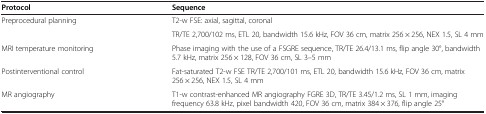
<table><thead><tr><td><b>Protocol</b></td><td><b>Sequence</b></td></tr></thead><tbody><tr><td rowspan="2">Preprocedural planning</td><td>T2-w FSE: axial, sagittal, coronal</td></tr><tr><td>TR/TE 2,700/102 ms, ETL 20, bandwidth 15.6 kHz, FOV 36 cm, matrix 256 × 256, NEX 1.5, SL 4 mm</td></tr><tr><td>MRI temperature monitoring</td><td>Phase imaging with the use of a FSGRE sequence, TR/TE 26.4/13.1 ms, flip angle 30°, bandwidth 5.7 kHz, matrix 256 × 128, FOV 36 cm, SL 3–5 mm</td></tr><tr><td>Postinterventional control</td><td>Fat-saturated T2-w FSE TR/TE 2,700/101 ms, ETL 20, bandwidth 15.6 kHz, FOV 36 cm, matrix 256 × 256, NEX 1.5, SL 4 mm</td></tr><tr><td>MR angiography</td><td>T1-w contrast-enhanced MR angiography FGRE 3D, TR/TE 3.45/1.2 ms, SL 1 mm, imaging frequency 63.8 kHz, pixel bandwidth 420, FOV 36 cm, matrix 384 × 376, flip angle 25°</td></tr></tbody></table>